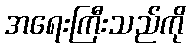
အရေးကြီးသည်ကို